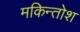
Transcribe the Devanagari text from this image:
मकिन्तोश